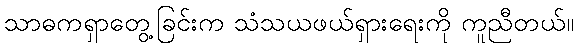
သာဓကရှာတွေ့ခြင်းက သံသယဖယ်ရှားရေးကို ကူညီတယ်။